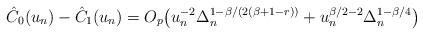
LaTeX: \begin{align*} \hat{C}_0(u_n)-\hat{C}_1(u_n)=O_p\bigl(u_n^{-2}\Delta_n^{1-{\beta}/{(2(\beta+1-r))}}+u_n^{\beta/2-2}\Delta_n^{1-\beta/4}\bigr)\end{align*}